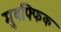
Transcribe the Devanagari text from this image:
मुवफ्फिक